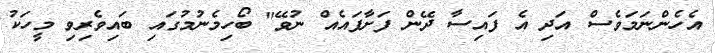
އެހެންނަމަވެސް އަދި އެ ފައިސާ ދޭން ފަށާފައެއް ނުވޭ" ބޯހިމެނުމުގައި ބައިވެރިވި މީހަކު